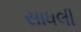
સાધલી